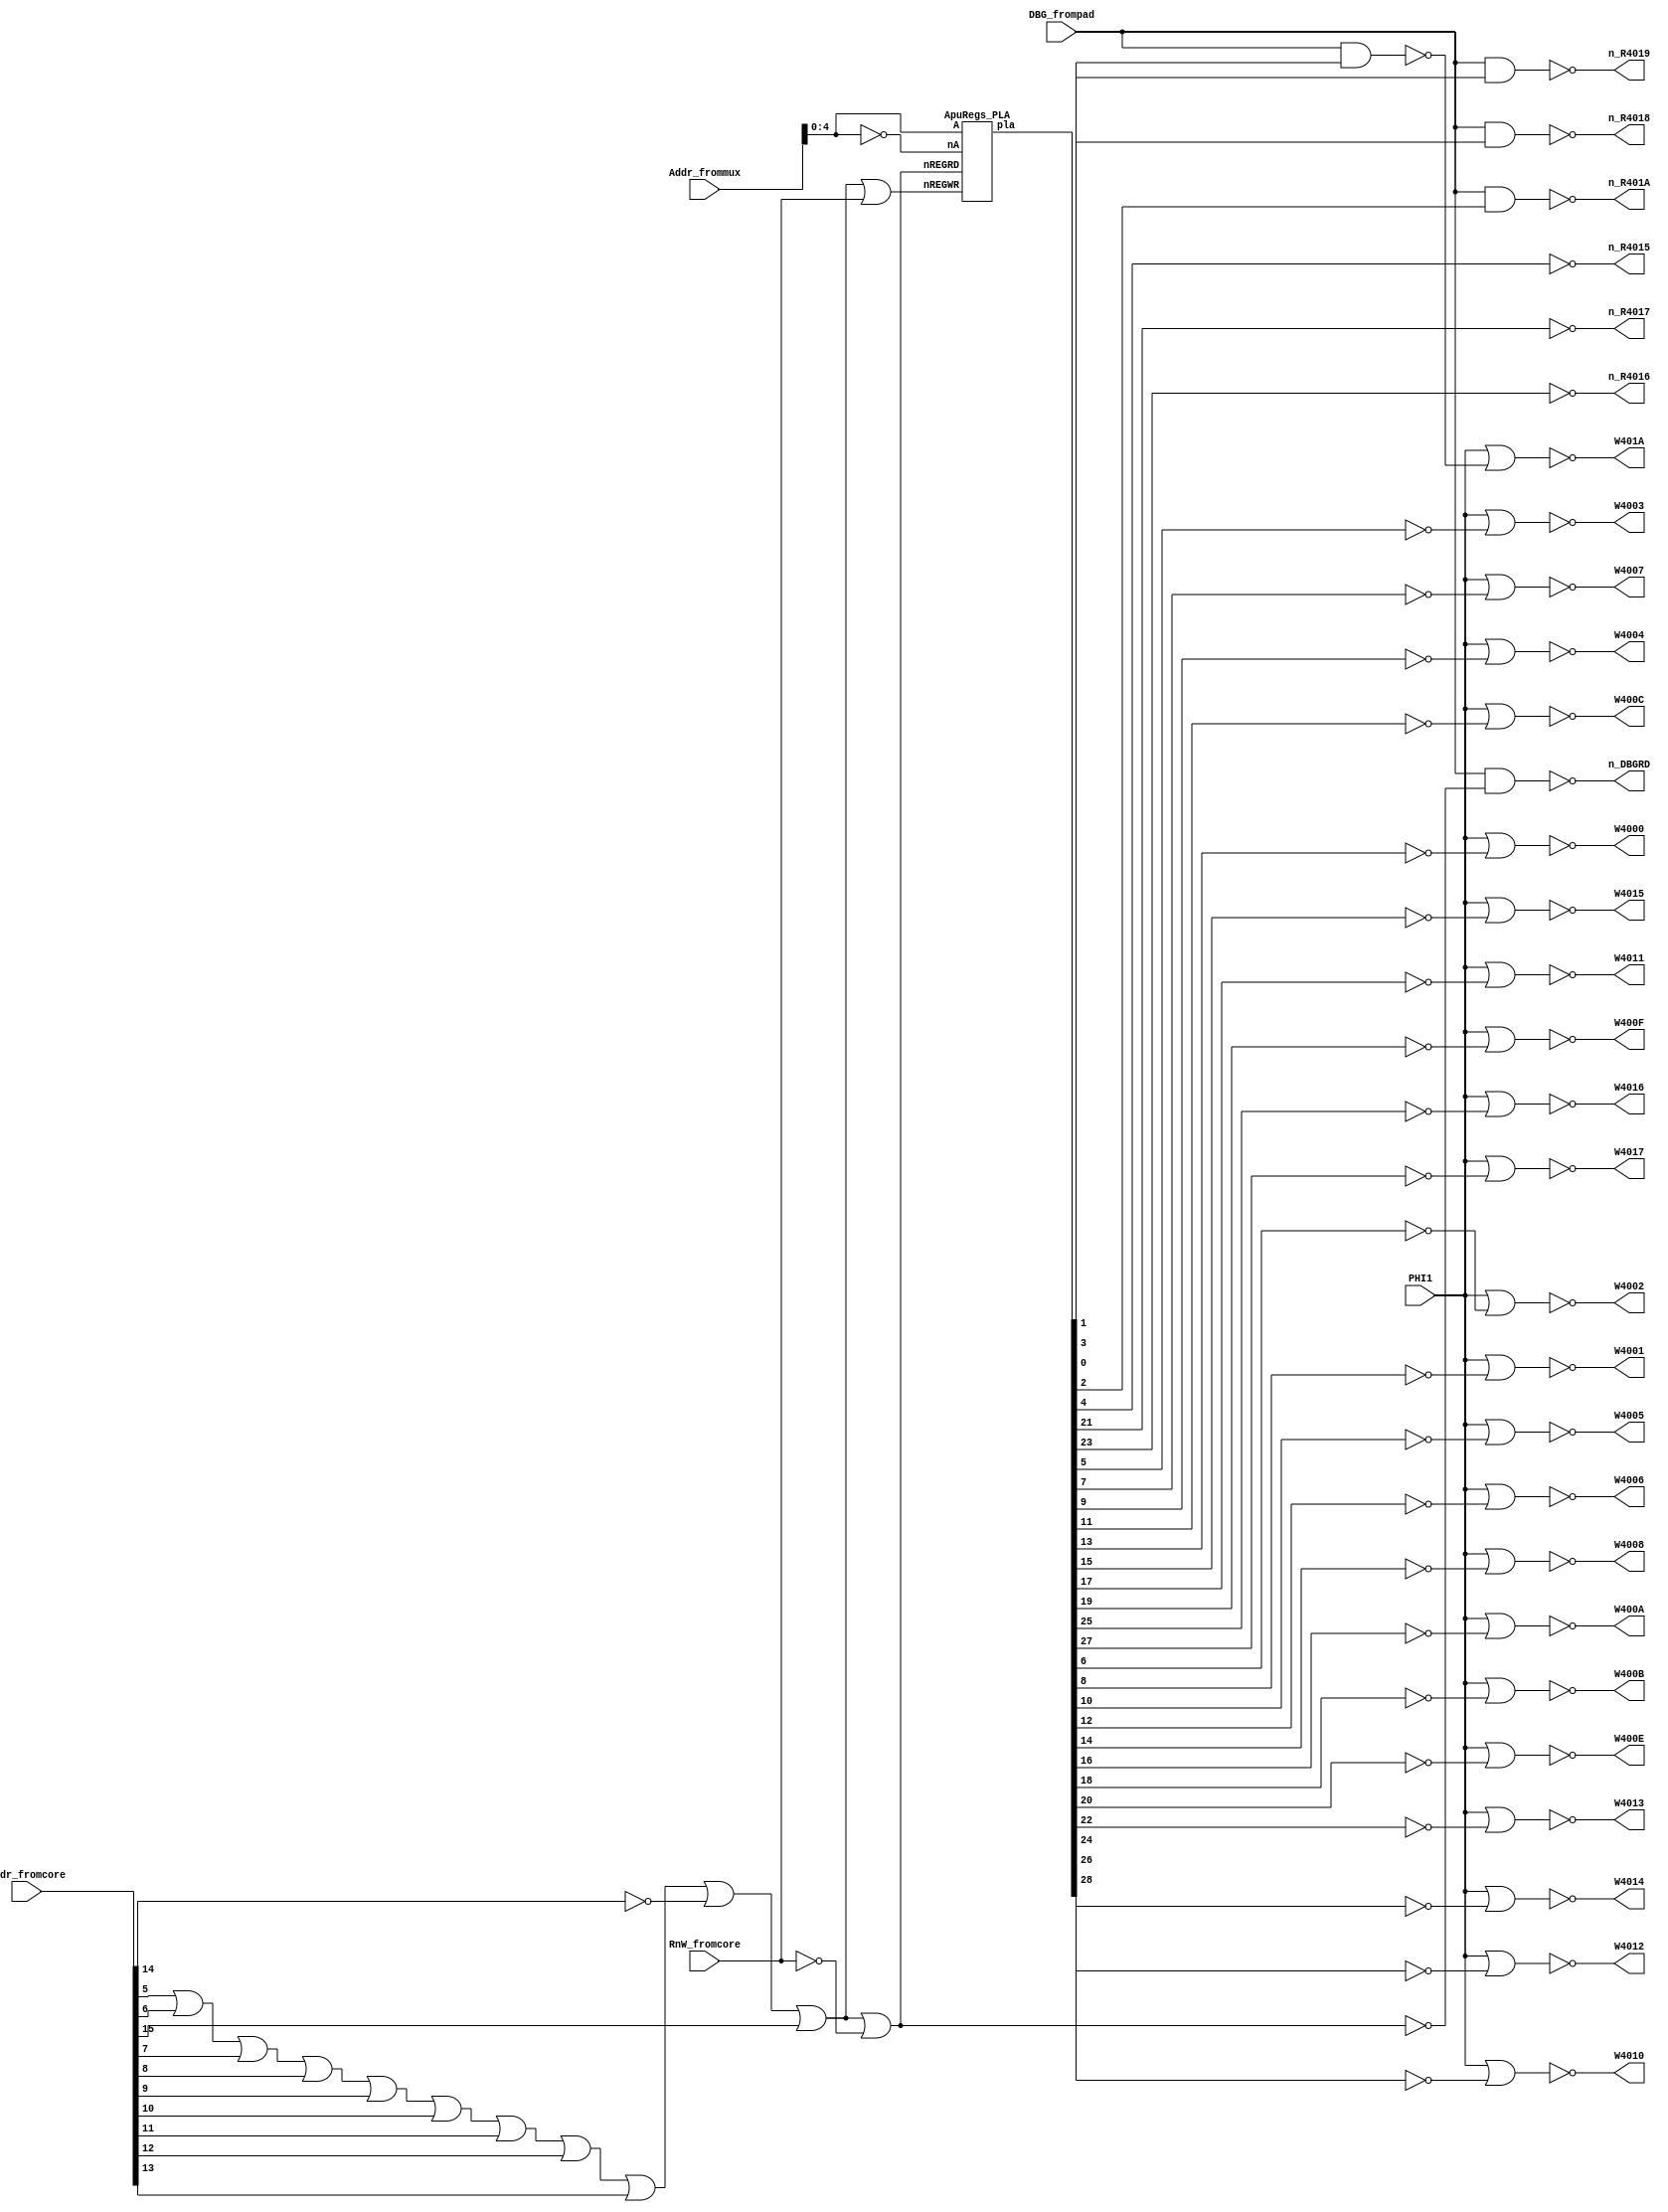
// This program was cloned from: https://github.com/emu-russia/breaks
// License: Creative Commons Zero v1.0 Universal


module ApuRegsDecoder (
	PHI1, 
	Addr_fromcore, Addr_frommux, RnW_fromcore, DBG_frompad, 
	n_R4018, n_R401A, n_R4015, W4002, W4001, W4005, W4006, W4008, W400A, W400B, W400E, W4013, W4012, W4010, W4014,
	n_R4019, W401A, W4003, W4007, W4004, W400C, W4000, W4015, W4011, W400F, n_R4017, n_R4016, W4016, W4017,
	n_DBGRD);

	input PHI1;

	//  The APU registers address space is selected by the value of the CPU address bus (CPU_Ax). But the choice of register is made by the value of the address, which is formed at the address multiplexer of DMA-controller (signals A0-A4).

	input [15:0] Addr_fromcore;
	input [15:0] Addr_frommux;
	input RnW_fromcore;
	input DBG_frompad;

	output n_R4018;
	output n_R401A;
	output n_R4015;
	output W4002;
	output W4001;
	output W4005;
	output W4006;
	output W4008;
	output W400A;
	output W400B;
	output W400E;
	output W4013;
	output W4012;
	output W4010;
	output W4014;

	output n_R4019;
	output W401A;
	output W4003;
	output W4007;
	output W4004;
	output W400C;
	output W4000;
	output W4015;
	output W4011;
	output W400F;
	output n_R4017;
	output n_R4016;
	output W4016;
	output W4017;

	output n_DBGRD;

	// Check that the CPU address falls in the APU registers mapped to the address space.

	wire [15:0] CpuA;
	assign CpuA = Addr_fromcore;

	wire REGWR;
	wire nREGWR;
	nor (REGWR, CpuA[5], CpuA[6], CpuA[7], CpuA[8], CpuA[9], CpuA[10], CpuA[11], CpuA[12], CpuA[13], ~CpuA[14], CpuA[15], RnW_fromcore);
	assign nREGWR = ~REGWR;

	wire REGRD;
	wire nREGRD;
	nor (REGRD, CpuA[5], CpuA[6], CpuA[7], CpuA[8], CpuA[9], CpuA[10], CpuA[11], CpuA[12], CpuA[13], ~CpuA[14], CpuA[15], ~RnW_fromcore);
	assign nREGRD = ~REGRD;

	nand (n_DBGRD, DBG_frompad, ~nREGRD);

	// PLA

	wire [28:0] pla;

	ApuRegs_PLA regs_pla (
		.nREGRD(nREGRD),
		.nREGWR(nREGWR),
		.A(Addr_frommux[4:0]),
		.nA(~Addr_frommux[4:0]),
		.pla(pla) );

	// Select a register index.
	// Note that during PHI1 all write operations are disabled.

	nand(n_R4018, DBG_frompad, pla[0]);
	nand(n_R401A, DBG_frompad, pla[2]);
	not(n_R4015, pla[4]);
	nor(W4002, PHI1, ~pla[6]);
	nor(W4001, PHI1, ~pla[8]);
	nor(W4005, PHI1, ~pla[10]);
	nor(W4006, PHI1, ~pla[12]);
	nor(W4008, PHI1, ~pla[14]);
	nor(W400A, PHI1, ~pla[16]);
	nor(W400B, PHI1, ~pla[18]);
	nor(W400E, PHI1, ~pla[20]);
	nor(W4013, PHI1, ~pla[22]);
	nor(W4012, PHI1, ~pla[24]);
	nor(W4010, PHI1, ~pla[26]);
	nor(W4014, PHI1, ~pla[28]);

	nand(n_R4019, DBG_frompad, pla[1]);
	wire w401a_temp;
	nand (w401a_temp, DBG_frompad, pla[3]);
	nor(W401A, PHI1, w401a_temp);
	nor(W4003, PHI1, ~pla[5]);
	nor(W4007, PHI1, ~pla[7]);
	nor(W4004, PHI1, ~pla[9]);
	nor(W400C, PHI1, ~pla[11]);
	nor(W4000, PHI1, ~pla[13]);
	nor(W4015, PHI1, ~pla[15]);
	nor(W4011, PHI1, ~pla[17]);
	nor(W400F, PHI1, ~pla[19]);
	not(n_R4017, pla[21]);
	not(n_R4016, pla[23]);
	nor(W4016, PHI1, ~pla[25]);
	nor(W4017, PHI1, ~pla[27]);

endmodule // ApuRegsDecoder

module ApuRegs_PLA(nREGRD, nREGWR, A, nA, pla);

	input nREGRD;
	input nREGWR;
	input [4:0] A;
	input [4:0] nA;
	output [28:0] pla;

	nor (pla[0], nREGRD, A[0], A[1], A[2], nA[3], nA[4]);
	nor (pla[1], nREGRD, nA[0], A[1], A[2], nA[3], nA[4]);
	nor (pla[2], nREGRD, A[0], nA[1], A[2], nA[3], nA[4]);
	nor (pla[3], nREGWR, A[0], nA[1], A[2], nA[3], nA[4]);

	nor (pla[4], nREGRD, nA[0], A[1], nA[2], A[3], nA[4]);
	nor (pla[5], nREGWR, nA[0], nA[1], A[2], A[3], A[4]);
	nor (pla[6], nREGWR, A[0], nA[1], A[2], A[3], A[4]);
	nor (pla[7], nREGWR, nA[0], nA[1], nA[2], A[3], A[4]);
	nor (pla[8], nREGWR, nA[0], A[1], A[2], A[3], A[4]);

	nor (pla[9],  nREGWR, A[0], A[1], nA[2], A[3], A[4]);
	nor (pla[10], nREGWR, nA[0], A[1], nA[2], A[3], A[4]);
	nor (pla[11], nREGWR, A[0], A[1], nA[2], nA[3], A[4]);
	nor (pla[12], nREGWR, A[0], nA[1], nA[2], A[3], A[4]);
	nor (pla[13], nREGWR, A[0], A[1], A[2], A[3], A[4]);

	nor (pla[14], nREGWR, A[0], A[1], A[2], nA[3], A[4]);
	nor (pla[15], nREGWR, nA[0], A[1], nA[2], A[3], nA[4]);
	nor (pla[16], nREGWR, A[0], nA[1], A[2], nA[3], A[4]);
	nor (pla[17], nREGWR, nA[0], A[1], A[2], A[3], nA[4]);
	nor (pla[18], nREGWR, nA[0], nA[1], A[2], nA[3], A[4]);

	nor (pla[19], nREGWR, nA[0], nA[1], nA[2], nA[3], A[4]);
	nor (pla[20], nREGWR, A[0], nA[1], nA[2], nA[3], A[4]);
	nor (pla[21], nREGRD, nA[0], nA[1], nA[2], A[3], nA[4]);
	nor (pla[22], nREGWR, nA[0], nA[1], A[2], A[3], nA[4]);
	nor (pla[23], nREGRD, A[0], nA[1], nA[2], A[3], nA[4]);

	nor (pla[24], nREGWR, A[0], nA[1], A[2], A[3], nA[4]);
	nor (pla[25], nREGWR, A[0], nA[1], nA[2], A[3], nA[4]);
	nor (pla[26], nREGWR, A[0], A[1], A[2], A[3], nA[4]);
	nor (pla[27], nREGWR, nA[0], nA[1], nA[2], A[3], nA[4]);
	nor (pla[28], nREGWR, A[0], A[1], nA[2], A[3], nA[4]);

endmodule // ApuRegs_PLA